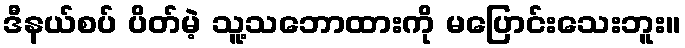
ဒီနယ်စပ် ပိတ်မဲ့ သူ့သဘောထားကို မပြောင်းသေးဘူး။